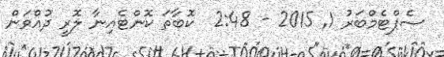
ސެޕްޓެމްބަރު 1